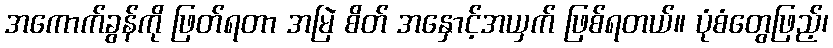
အကောက်ခွန်ကို ဖြတ်ရတာ အမြဲ စိတ် အနှောင့်အယှက် ဖြစ်ရတယ်။ ပုံစံတွေဖြည့်၊